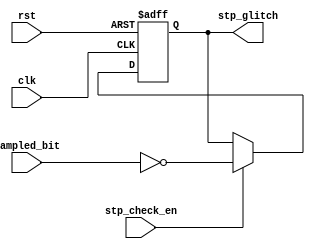
module stp_check (
    input wire stp_check_en,
    input wire sampled_bit,
    input wire rst,
    input wire clk,
    output reg stp_glitch

);


always @(negedge rst or posedge clk)
    begin
        if (!rst)
            begin
                stp_glitch<=0; 
            end
        else
            begin
                if(stp_check_en)
                    stp_glitch<=(!sampled_bit);
            end
    end    
        
       
endmodule